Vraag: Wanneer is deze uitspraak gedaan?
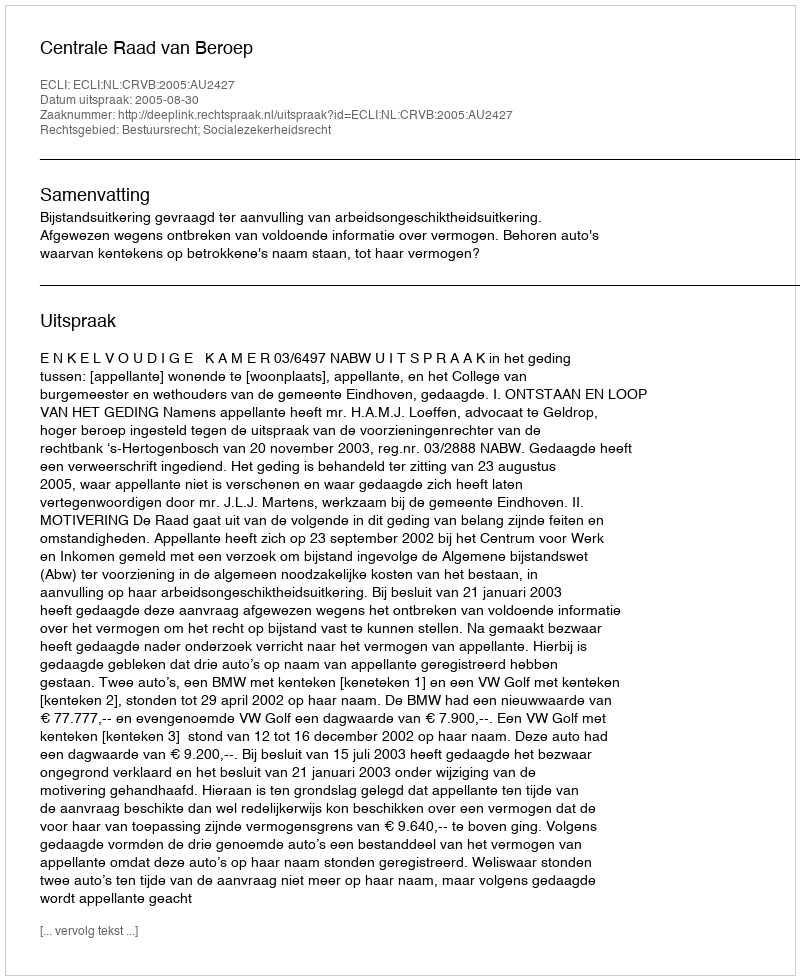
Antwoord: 2005-08-30